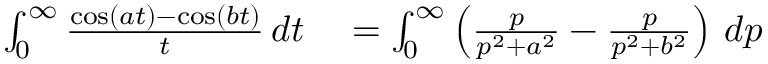
\begin{array} { r l } { \int _ { 0 } ^ { \infty } { \frac { \cos ( a t ) - \cos ( b t ) } { t } } \, d t } & { { } = \int _ { 0 } ^ { \infty } \left( { \frac { p } { p ^ { 2 } + a ^ { 2 } } } - { \frac { p } { p ^ { 2 } + b ^ { 2 } } } \right) \, d p } \end{array}